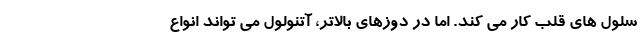
سلول های قلب کار می کند. اما در دوزهای بالاتر، آتنولول می تواند انواع